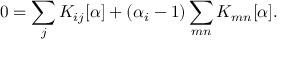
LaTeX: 0 = \sum _ { j } K _ { i j } [ \alpha ] + ( \alpha _ { i } - 1 ) \sum _ { m n } K _ { m n } [ \alpha ] .